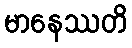
မာနေဿတိ